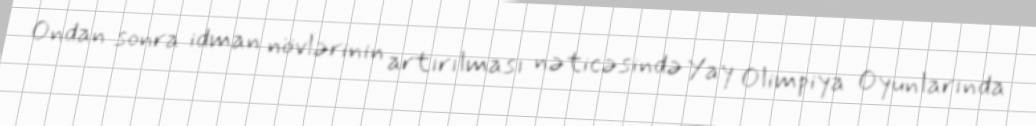
Ondan sonra idman növlərinin artırılması nəticəsində Yay Olimpiya Oyunlarında